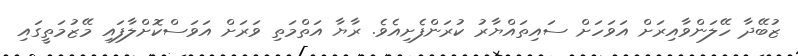
ޒުބޭދާ ހޭލަންވާއިރަށް އަވަހަށް ސައިތައްޔާރު ކުރަންފެށިއެވެ. ރާޔާ އަތްމަތި ވަރަށް އަވަސްކޮށްލާފައި މޭޒުމަތީގައި